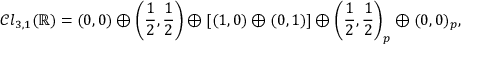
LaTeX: { \mathcal { C l } } _ { 3 , 1 } ( \mathbb { R } ) = ( 0 , 0 ) \oplus \left( { \frac { 1 } { 2 } } , { \frac { 1 } { 2 } } \right) \oplus [ ( 1 , 0 ) \oplus ( 0 , 1 ) ] \oplus \left( { \frac { 1 } { 2 } } , { \frac { 1 } { 2 } } \right) _ { p } \oplus ( 0 , 0 ) _ { p } ,